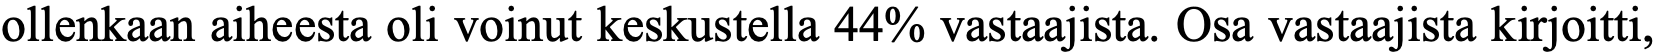
ollenkaan aiheesta oli voinut keskustella 44% vastaajista. Osa vastaajista kirjoitti,